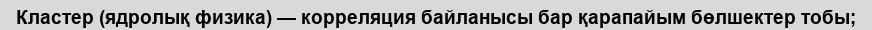
Кластер (ядролық физика) — корреляция байланысы бар қарапайым бөлшектер тобы;